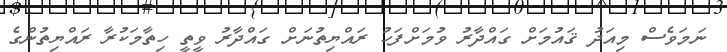
ނަމަވެސް މިއަދު ޤައުމަށް ގައްދާރު ވުމަށްފަހު ރައްޔިތުނަށް ގައްދާރު ވީތީ ހިތާމަކުރާ ރައްޔިތުންގެ